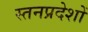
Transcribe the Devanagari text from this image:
स्तनप्रदेशों